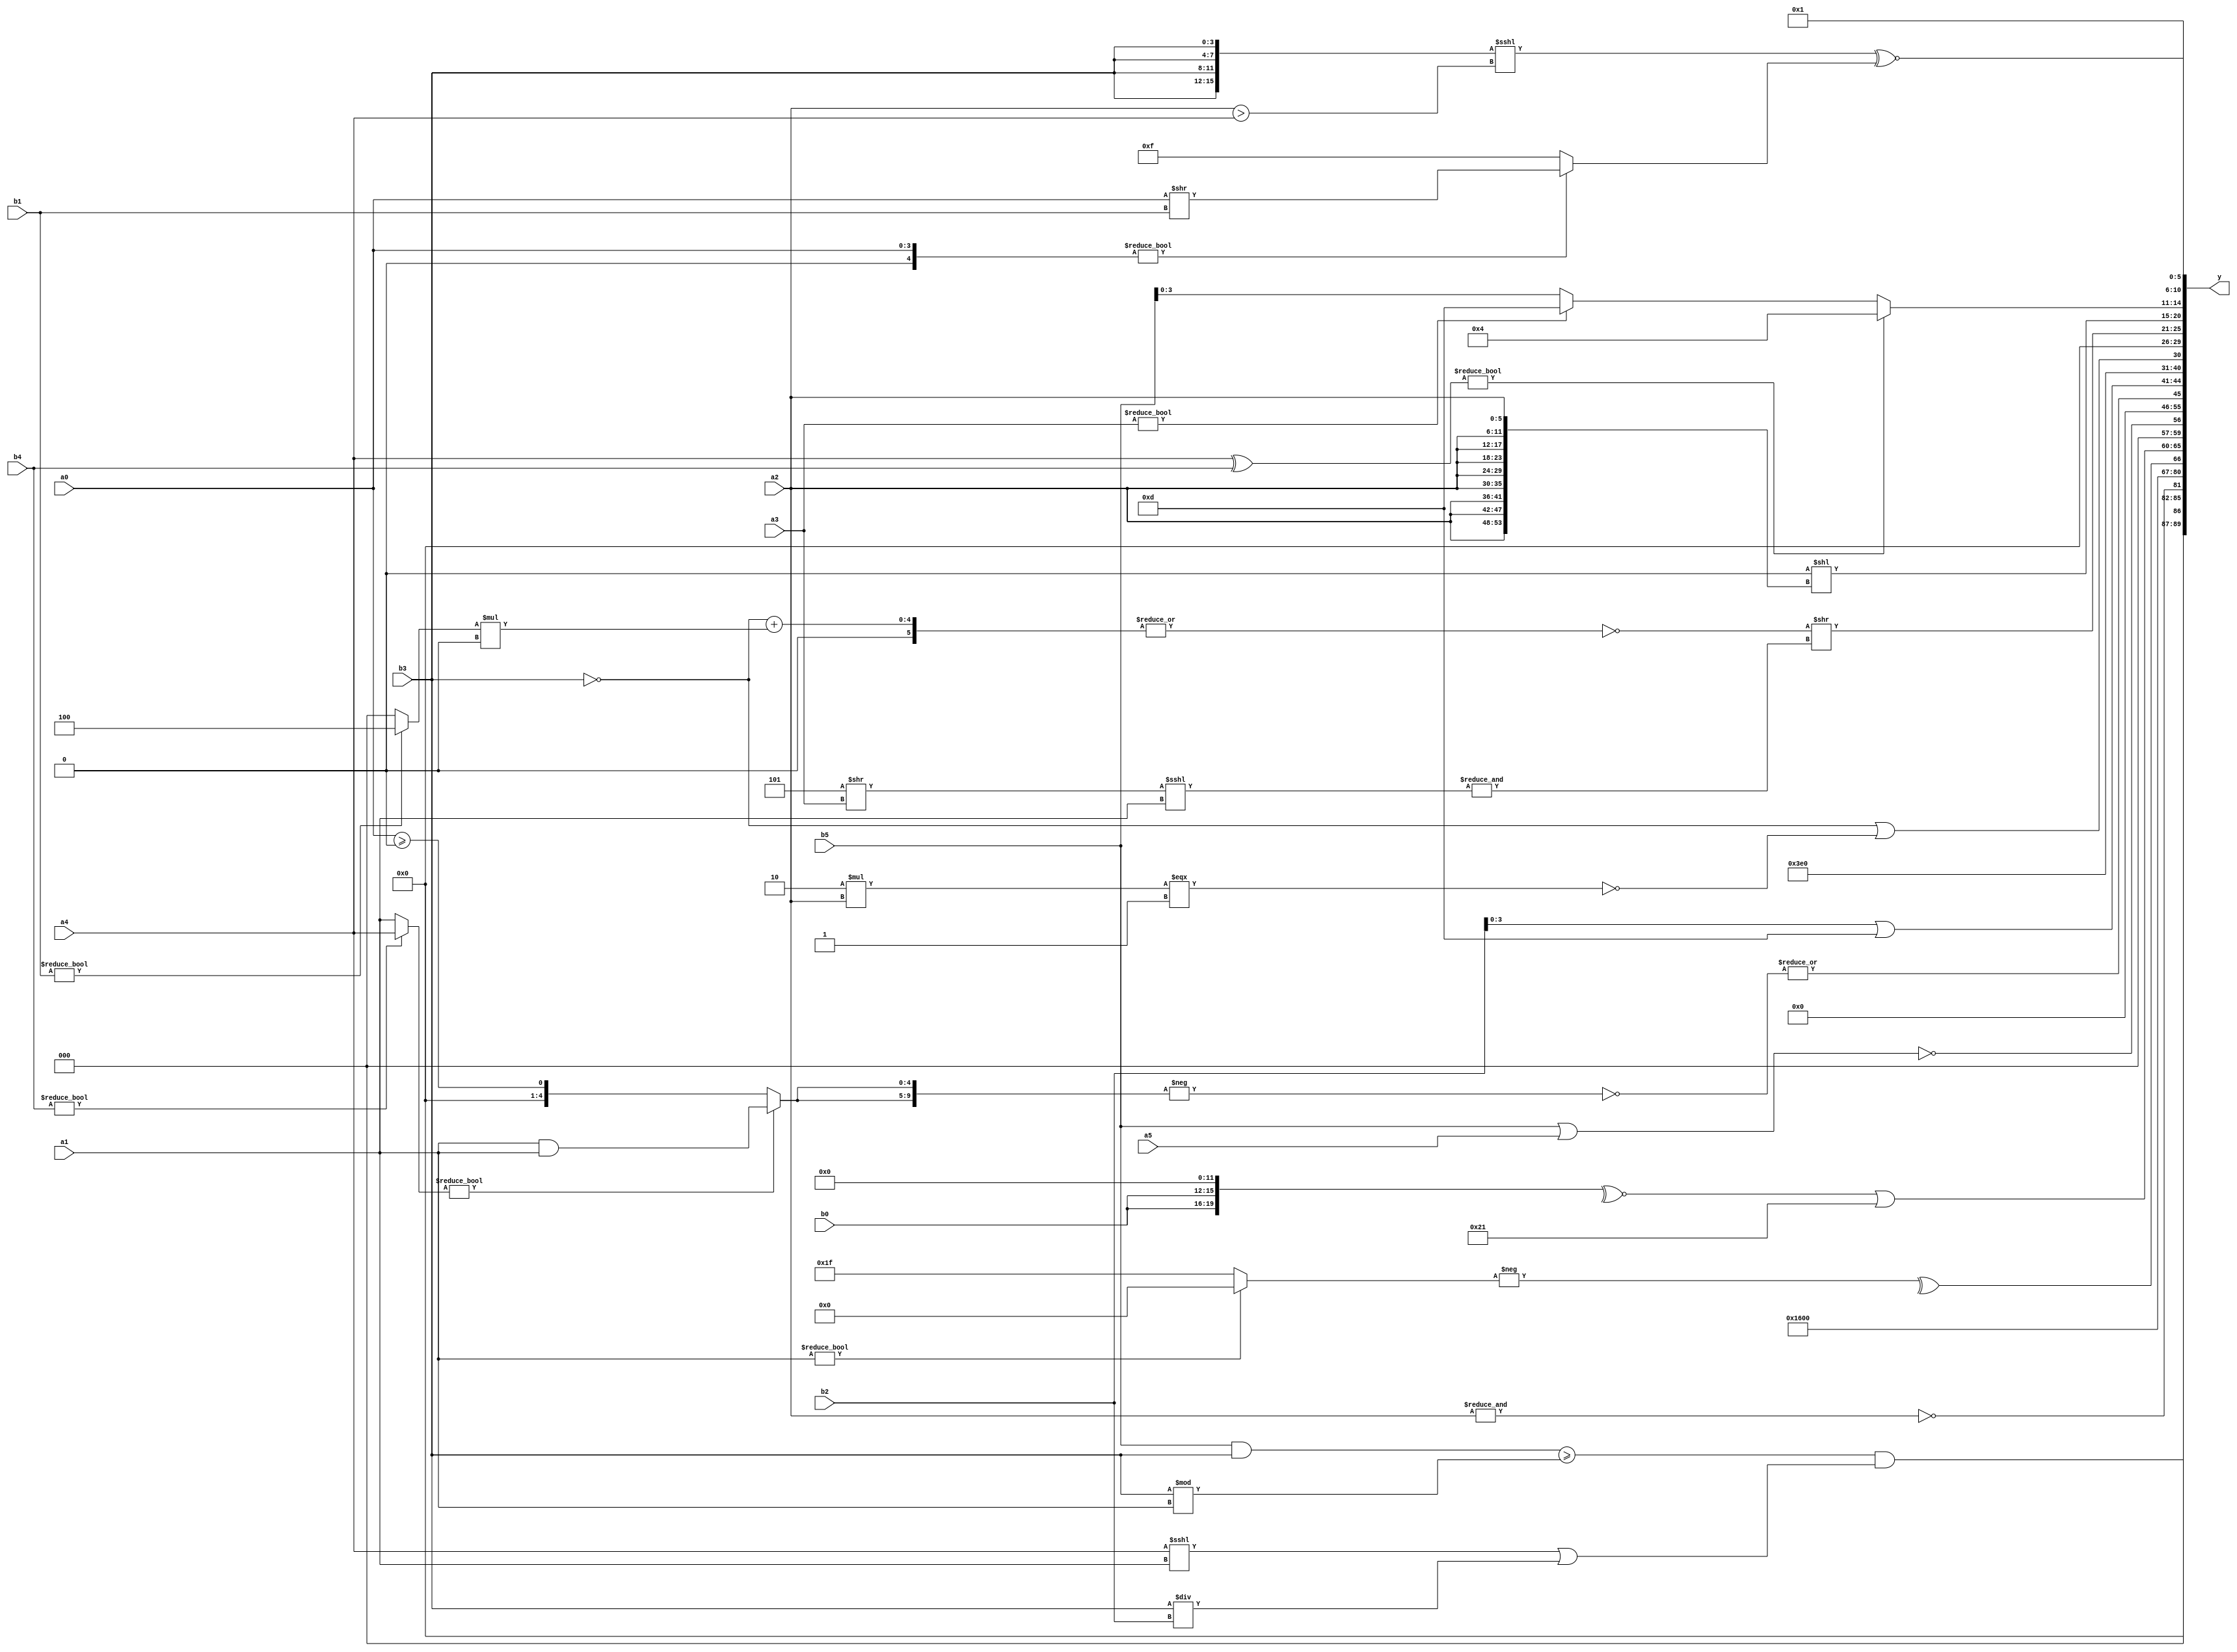
module expression_00051(a0, a1, a2, a3, a4, a5, b0, b1, b2, b3, b4, b5, y);
  input [3:0] a0;
  input [4:0] a1;
  input [5:0] a2;
  input signed [3:0] a3;
  input signed [4:0] a4;
  input signed [5:0] a5;

  input [3:0] b0;
  input [4:0] b1;
  input [5:0] b2;
  input signed [3:0] b3;
  input signed [4:0] b4;
  input signed [5:0] b5;

  wire [3:0] y0;
  wire [4:0] y1;
  wire [5:0] y2;
  wire signed [3:0] y3;
  wire signed [4:0] y4;
  wire signed [5:0] y5;
  wire [3:0] y6;
  wire [4:0] y7;
  wire [5:0] y8;
  wire signed [3:0] y9;
  wire signed [4:0] y10;
  wire signed [5:0] y11;
  wire [3:0] y12;
  wire [4:0] y13;
  wire [5:0] y14;
  wire signed [3:0] y15;
  wire signed [4:0] y16;
  wire signed [5:0] y17;

  output [89:0] y;
  assign y = {y0,y1,y2,y3,y4,y5,y6,y7,y8,y9,y10,y11,y12,y13,y14,y15,y16,y17};

  localparam [3:0] p0 = {4{(5'd0)}};
  localparam [4:0] p1 = ((((3'd3)?(-4'sd2):(3'd2))*(3'd3))?((^(3'd1))?((5'd28)!=(4'd12)):((4'd8)>>>(5'd20))):(5'd10));
  localparam [5:0] p2 = ((3'd0)|(2'd0));
  localparam signed [3:0] p3 = {{2{(3'd2)}},{(2'sd1),(2'd1)},{(5'sd13),(3'd5)}};
  localparam signed [4:0] p4 = ((3'd2)-(4'sd3));
  localparam signed [5:0] p5 = (!((~&(~^((~^(4'sd1))>(-3'sd2))))>((~^(-3'sd2))?(2'sd1):((5'sd13)<<(2'd3)))));
  localparam [3:0] p6 = ((((5'sd15)!=(2'd1))==((2'sd1)&&(5'd16)))>=(2'd1));
  localparam [4:0] p7 = ((3'd2)>(5'd27));
  localparam [5:0] p8 = {2{(~|{4{(5'sd10)}})}};
  localparam signed [3:0] p9 = (|(~&((2'd1)&&(-4'sd2))));
  localparam signed [4:0] p10 = ((2'd0)?(5'd13):(-5'sd10));
  localparam signed [5:0] p11 = (3'd4);
  localparam [3:0] p12 = (~&(~&(~&(|(+(~&(~^(+(~^(-4'sd1))))))))));
  localparam [4:0] p13 = (^(!{(~&(5'sd11))}));
  localparam [5:0] p14 = ((((2'sd1)<=(5'd30))>(~&(4'd5)))-{((3'd3)<<(-2'sd0)),{(3'd3),(2'sd0)}});
  localparam signed [3:0] p15 = {4{(3'd7)}};
  localparam signed [4:0] p16 = ((-3'sd0)&(((-3'sd0)!==(2'd1))?((-5'sd10)&&(2'd1)):(6'd2 * (3'd4))));
  localparam signed [5:0] p17 = {3{((5'sd5)<(4'sd5))}};

  assign y0 = (((b5&b3)>=(b3%a1))&((a4<<<a1)||(b3/b2)));
  assign y1 = (~&{1{a2}});
  assign y2 = {(p15-a0),(p15?p9:p5),{p10}};
  assign y3 = (~(~(&(&{p4,p5}))));
  assign y4 = (|(^({(-p11),{3{p6}},{a3,p3}}?(-(a1?p2:p4)):($signed(p6)?{4{p5}}:{a4,p14,p17}))));
  assign y5 = ((^(~^{{2{b0}},{2{p17}}}))|(~{(~^p12),(-4'sd2)}));
  assign y6 = (&(~^(~&(-(!$signed($signed((b5|a5))))))));
  assign y7 = (2'd0);
  assign y8 = (|(~$signed((-{2{((b4?a4:a1)?(a1&a1):(a0>=p8))}}))));
  assign y9 = (b2|p3);
  assign y10 = (-2'sd1);
  assign y11 = (&(!(~^((~|(~|(|(!b3))))|(~((4'd2 * a2)===(2'sd1)))))));
  assign y12 = $unsigned(($signed((p17?p14:p7))?((p14?p16:p6)?(p7||p15):(b3?p12:p6)):((p14*p8)?(p15):(p6?p17:p4))));
  assign y13 = ((^(~|(((p2?a2:p13)!=(!b3))+((b1?p11:p2)*(&p9)))))>>((~&((p3>>a3)<<<$signed(a1)))!=((p17==p15)<=(&p4))));
  assign y14 = ({2{(-2'sd0)}}<<{3{{3{a2}}}});
  assign y15 = ((a4^b4)?(-5'sd12):(a3?p3:b5));
  assign y16 = (({1{{4{b3}}}}<<<(a2>a4))^~((p14?a0:p13)?(a0>>b1):(p15-p12)));
  assign y17 = (~^(~&(!($unsigned((^(~(~|($unsigned((-(!(~(2'd1))))))))))))));
endmodule